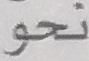
نحو